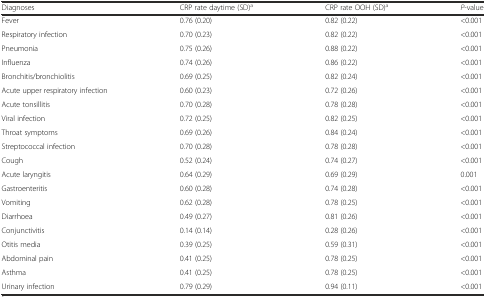
| Diagnoses | CRP rate daytime (SD)a | CRP rate OOH (SD)a | P-value |
 | --- | --- | --- | --- |
 | Fever | 0.76 (0.20) | 0.82 (0.22) | <0.001 |
 | Respiratory infection | 0.70 (0.23) | 0.82 (0.22) | <0.001 |
 | Pneumonia | 0.75 (0.26) | 0.88 (0.22) | <0.001 |
 | Influenza | 0.74 (0.26) | 0.86 (0.22) | <0.001 |
 | Bronchitis/bronchiolitis | 0.69 (0.25) | 0.82 (0.24) | <0.001 |
 | Acute upper respiratory infection | 0.60 (0.23) | 0.72 (0.26) | <0.001 |
 | Acute tonsillitis | 0.70 (0.28) | 0.78 (0.28) | <0.001 |
 | Viral infection | 0.72 (0.25) | 0.82 (0.25) | <0.001 |
 | Throat symptoms | 0.69 (0.26) | 0.84 (0.24) | <0.001 |
 | Streptococcal infection | 0.70 (0.28) | 0.78 (0.28) | <0.001 |
 | Cough | 0.52 (0.24) | 0.74 (0.27) | <0.001 |
 | Acute laryngitis | 0.64 (0.29) | 0.69 (0.29) | 0.001 |
 | Gastroenteritis | 0.60 (0.28) | 0.74 (0.28) | <0.001 |
 | Vomiting | 0.62 (0.28) | 0.78 (0.25) | <0.001 |
 | Diarrhoea | 0.49 (0.27) | 0.81 (0.26) | <0.001 |
 | Conjunctivitis | 0.14 (0.14) | 0.28 (0.26) | <0.001 |
 | Otitis media | 0.39 (0.25) | 0.59 (0.31) | <0.001 |
 | Abdominal pain | 0.41 (0.25) | 0.78 (0.25) | <0.001 |
 | Asthma | 0.41 (0.25) | 0.78 (0.25) | <0.001 |
 | Urinary infection | 0.79 (0.29) | 0.94 (0.11) | <0.001 |